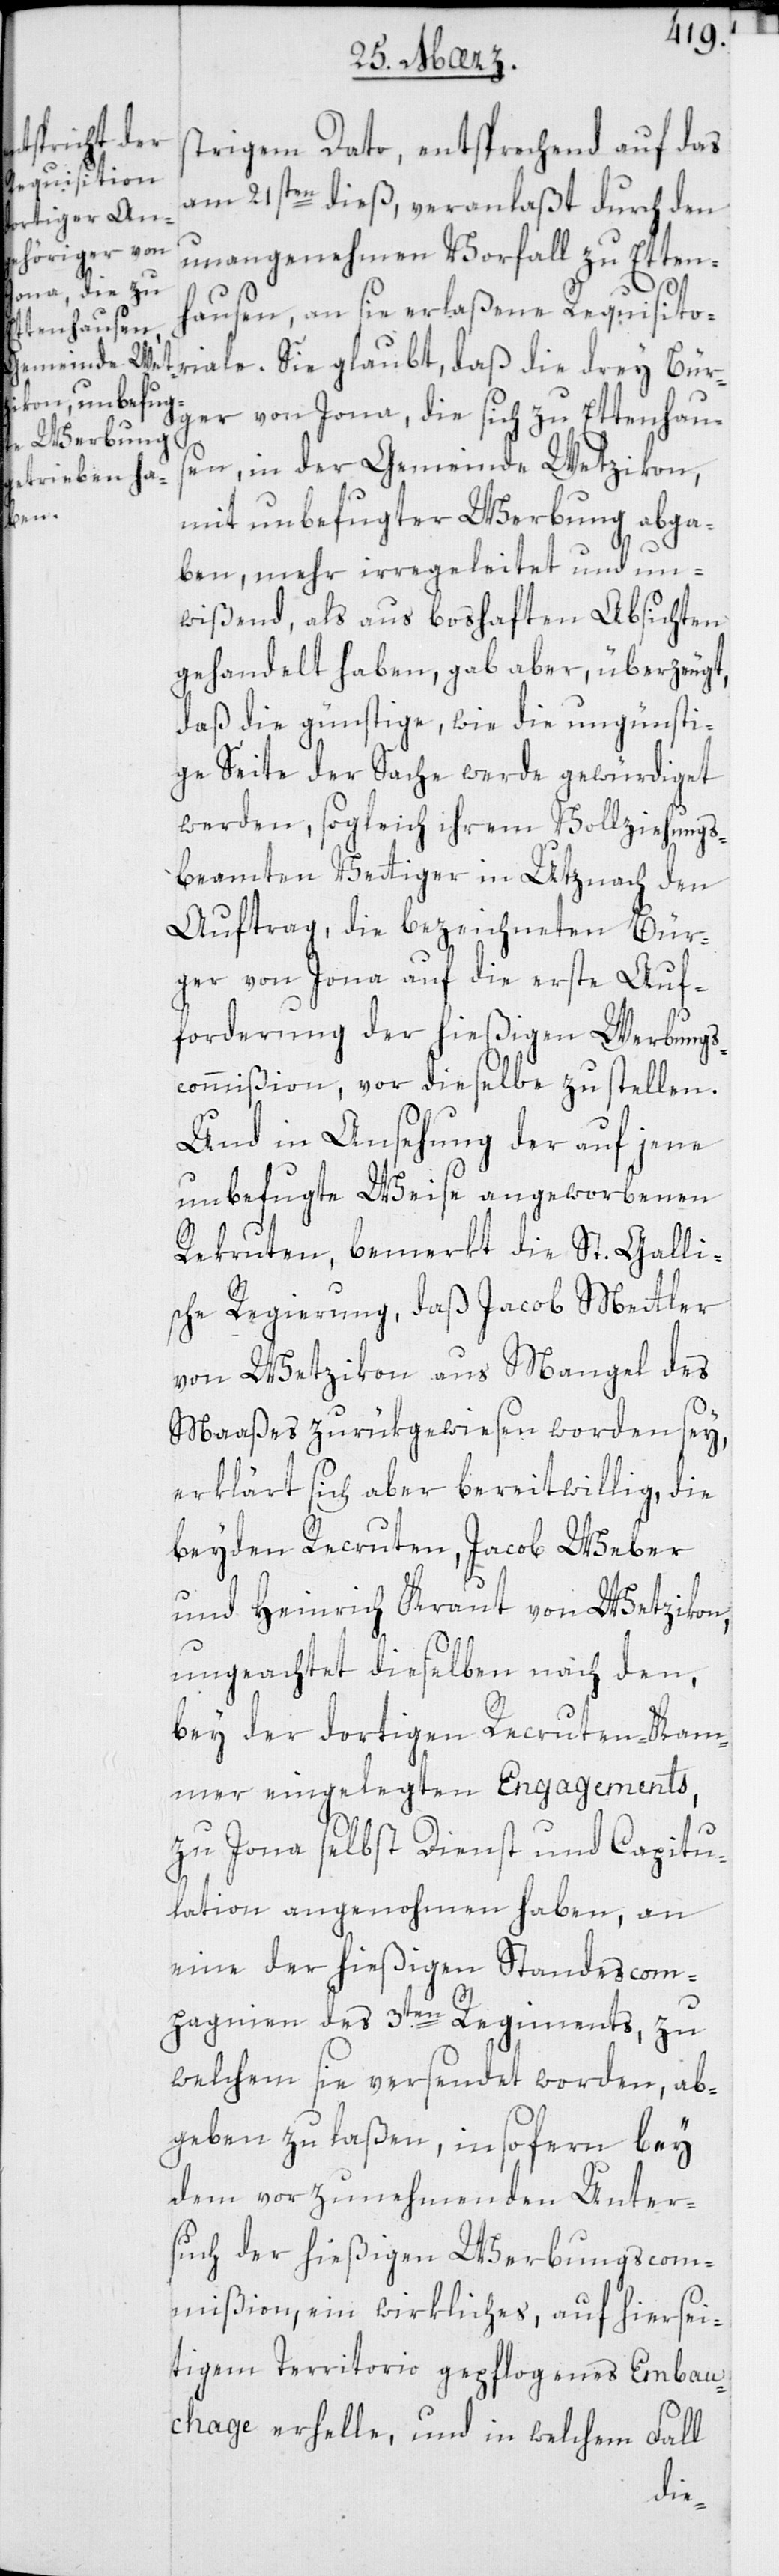
strigem Dato, entsprechend auf das
am 21sten dieß, veranlaßt durch den
unangenehmen Vorfall zu Etten¬
hausen, an sie erlaßene Requisito¬
riale. Sie glaubt, daß die drey Bür¬
ger von Jona, die sich zu Ettenhaus¬
en in der Gemeinde Wetzikon,
mit unbefugter Werbung abga¬
ben, mehr irregeleitet und un¬
wißend, als auf boshaften Absichten
gehandelt haben, gab aber überzeugt,
daß die günstige wie die ungünsti¬
ge Seite der Sache werde gewürdiget
werden, sogleich ihrem Vollziehungs¬
beamten Vettiger in Uznach den
Auftrag, die bezeichneten Bür¬
ger von Jona auf die erste Auf¬
forderung der hießigen Werbungs¬
commißion, vor dieselbe zu stellen.
Und in Ansehung der auf jene
unbefugte Weise angeworbenen
Rekruten, bemerkt die St. Galli¬
sche Regierung, daß Jacob Mettler
von Wetzikon aus Mangel des
Maaßes zurükgewiesen worden sey,
erklärt sich aber bereitwillig, die
beyden Rekruten, Jacob Weber
und Heinrich Kraut von Wetzikon,
ungeachtet dieselben nach den,
bey der dortigen Rekruten-Kam¬
mer eingelegten Engagements,
zu Jona selbst Dienst und Capitu¬
lation angenohmen haben, an
eine der hießigen Standescom¬
pagnien des 3ten Regiments, zu
welchen sie versendet worden, ab¬
geben zu laßen, insofern bey
dem vorzunehmenden Unter¬
such der hießigen Werbungscom¬
mißion, ein wirkliches, auf hiersei¬
tigem Territorio gepflogenes Embau¬
chage erhelle, und in welchem Fall
die